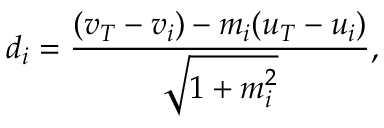
d _ { i } = { \frac { ( v _ { T } - v _ { i } ) - m _ { i } ( u _ { T } - u _ { i } ) } { \sqrt { 1 + m _ { i } ^ { 2 } } } } ,